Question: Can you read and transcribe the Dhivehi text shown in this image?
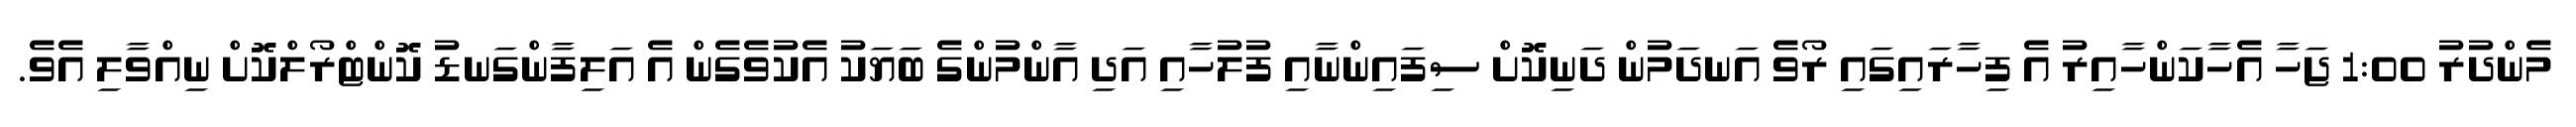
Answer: މެންދުރު 1:00 ޖަހާ އެހާކަންހާއިރު އެ ފިހާރައިގައި ރޯވެ އަނދަމުން ދަނިކޮށް ސިފައިންނާއި ފުލުހާއި އަދި އާންމުންގެ ބަޔަކު އެކުވެގެން އެ އަލިފާންގަނޑު ކޮންޓްރޯލްކޮށް ނިއްވާލި އެވެ.